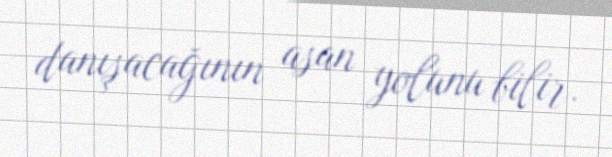
danışacağının asan yolunu bilir.